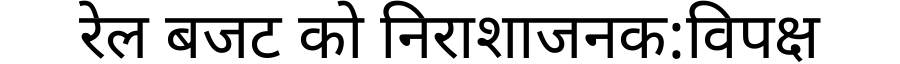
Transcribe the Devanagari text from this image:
रेल बजट को निराशाजनक:विपक्ष